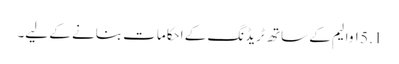
5.1 ۱ والیم کے ساتھ ٹریڈنگ کے احکامات بنانے کے لیے۔